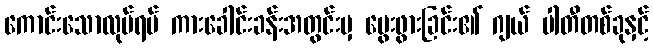
ကောင်းသောလုပ်ရပ် ကားခေါင်းခန်းအတွင်းမှ မွေးဖွားခြင်း၏ ဂျယ် ပါတီတစ်ခုနှင့်